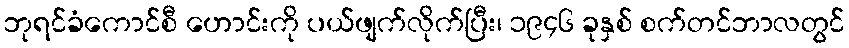
ဘုရင်ခံကောင်စီ ဟောင်းကို ပယ်ဖျက်လိုက်ပြီး၊ ၁၉၄၆ ခုနှစ် စက်တင်ဘာလတွင်